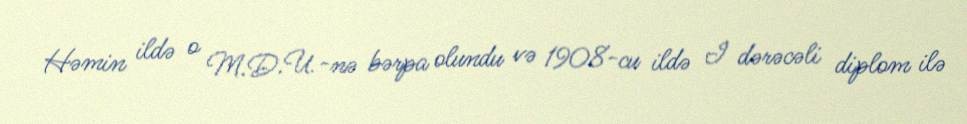
Həmin ildə o M.D.U.-nə bərpa olundu və 1908-cu ildə I dərəcəli diplom ilə